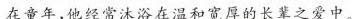
在童年,他经常沐浴在温和宽厚的长辈之爱中。